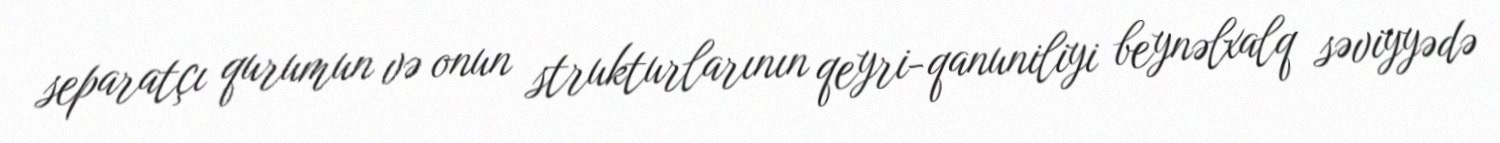
separatçı qurumun və onun strukturlarının qeyri-qanuniliyi beynəlxalq səviyyədə